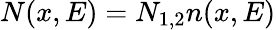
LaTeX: N(x,E)=N_{1,2}n(x,E)